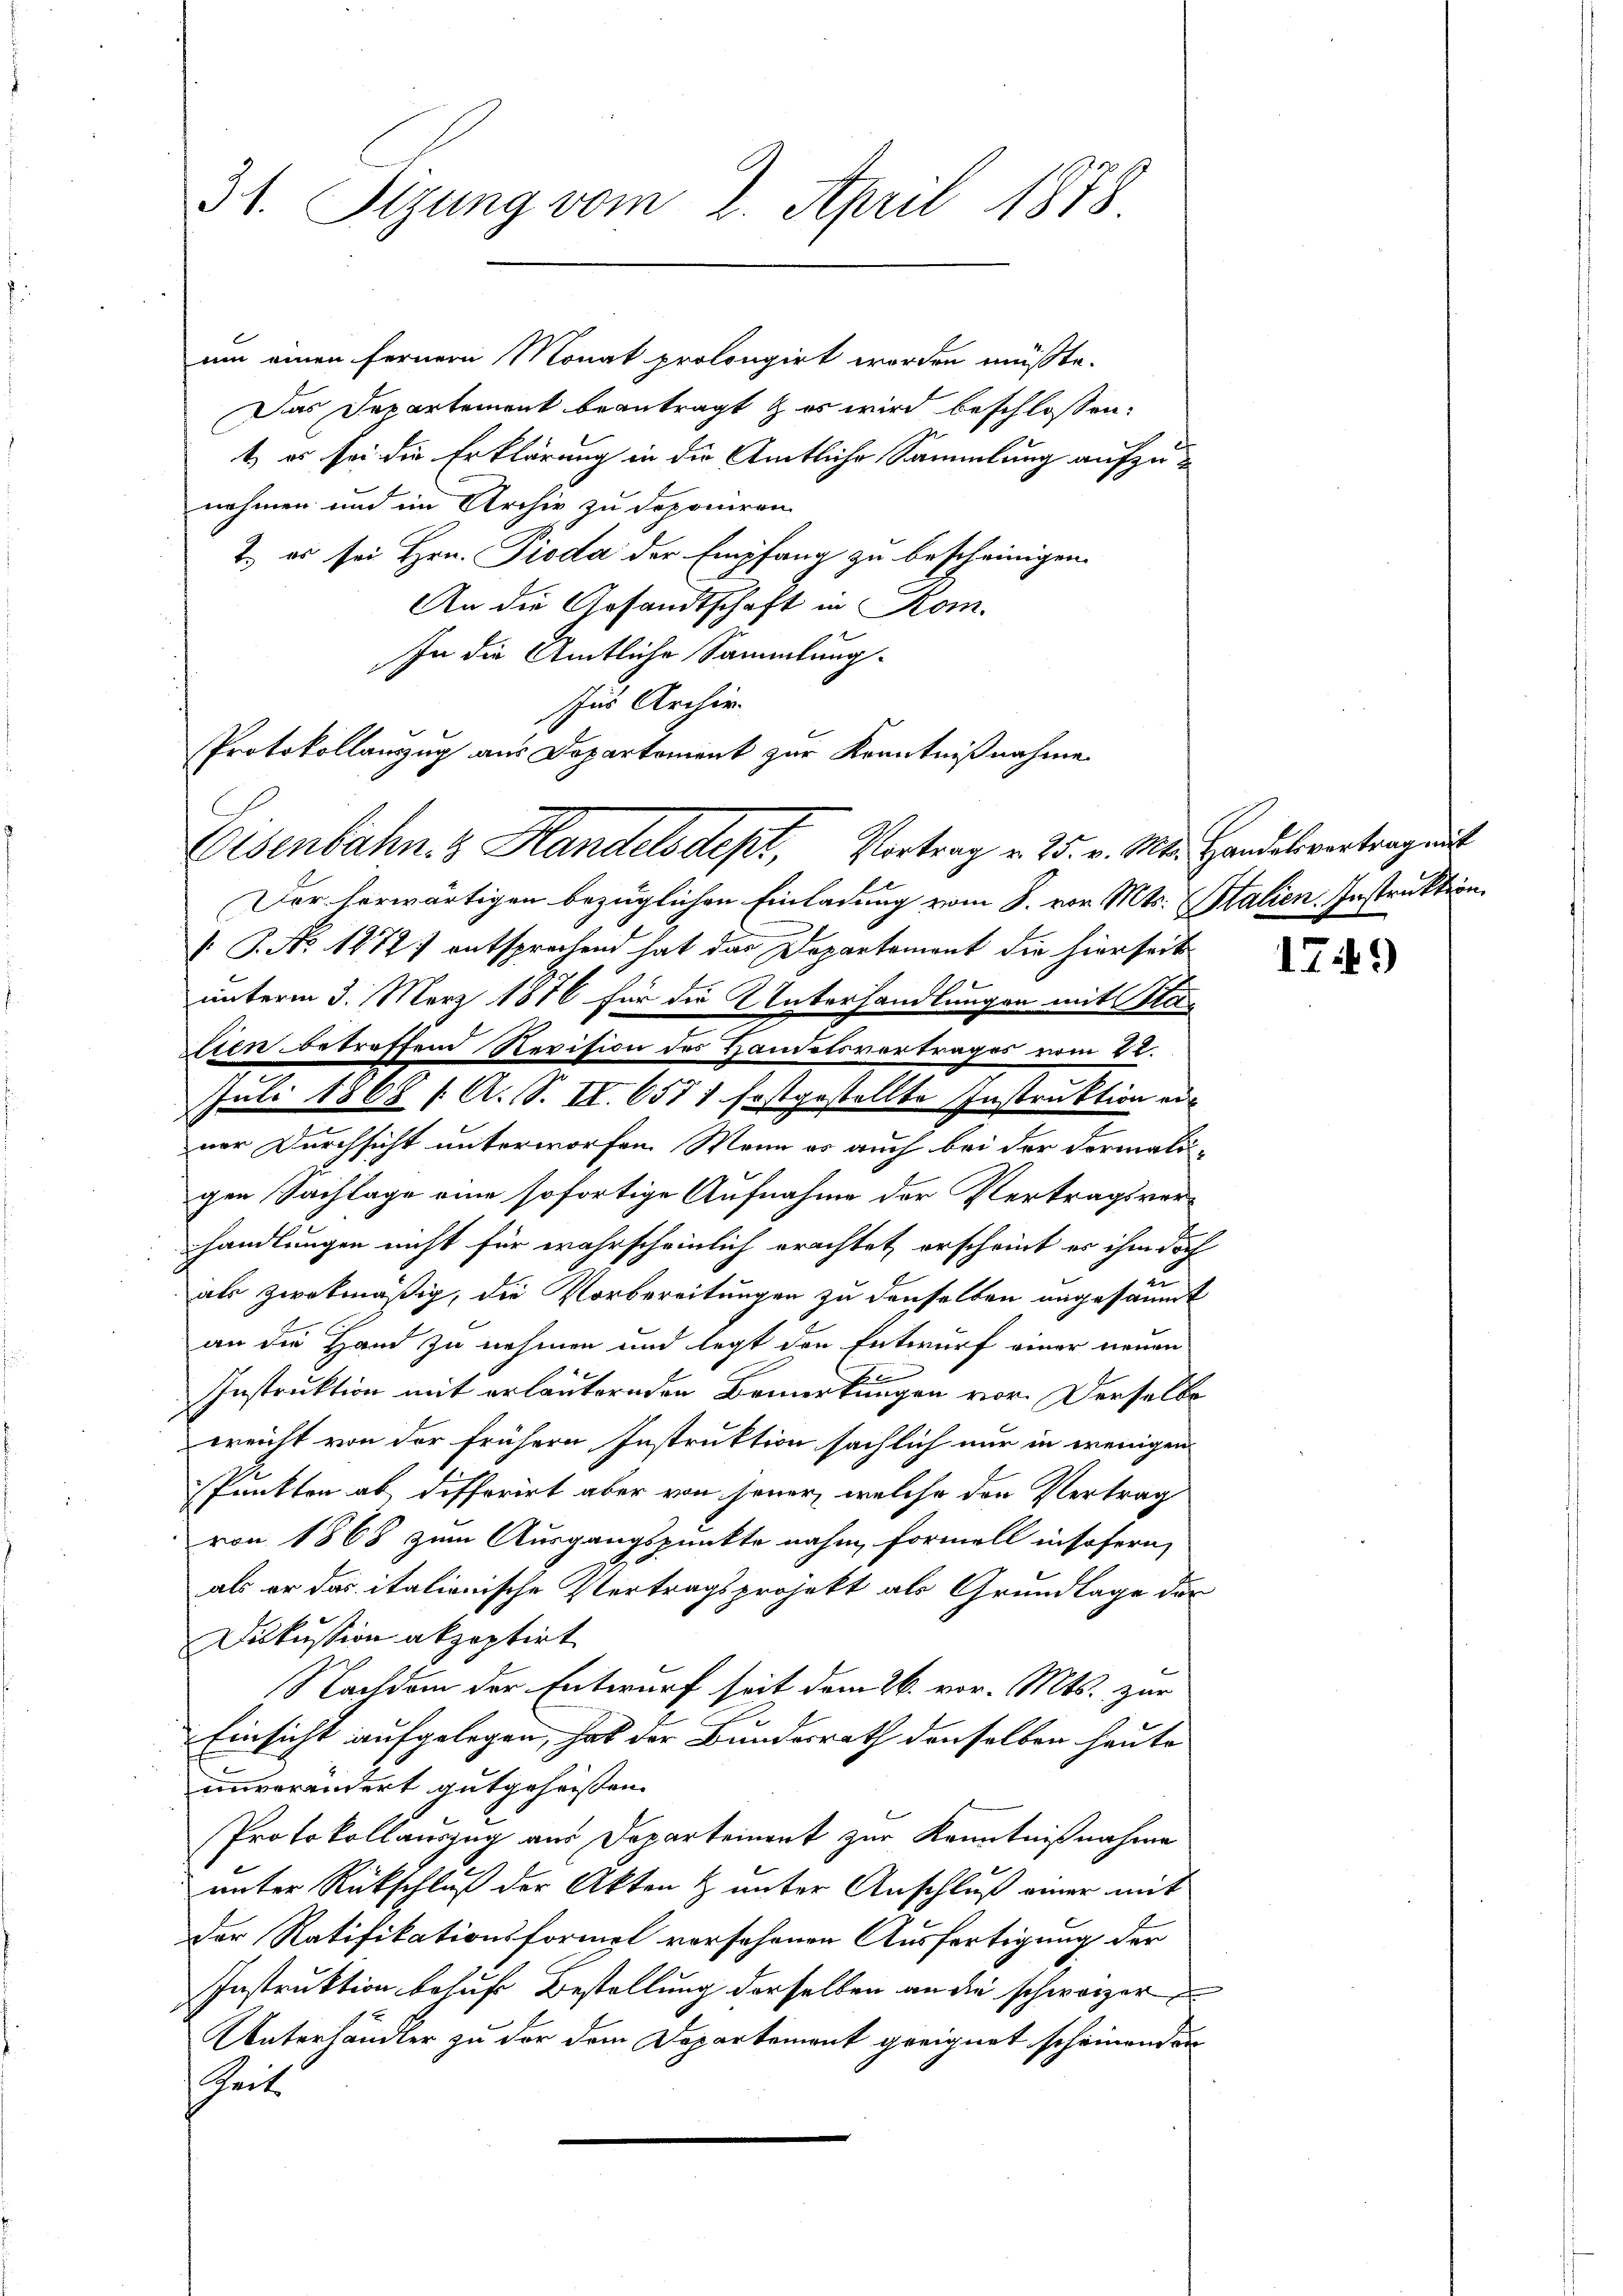
31. Sitzung vom 2. April 1878.

um einen fernern Monat prolongirt worden müsste.
Das Departement beantragt & es wird beschlossen:
t, es sei die Erklärung in die Amtliche Sammlung aufzunehmen und im Archiv zu deponiren
2.) es sei Hrn. Pioda der Empfang zu bescheinigen.
An die Gesandtschaft in Kom-
In die Amtliche Sammlung.
Der herwärtigen bezüglichen Einladung vom 8. vor. Mts. Stalien. Instruktion.
V. P. No 1272) entsprechend hat das Departement die hierseit
unterm 3. März 1876 für die Unterhandlungen mit Blastien betreffend Revision des Handelsvertrages vom 22.
Juli 1868 / A. S. II. 655 1 festgestellte Instruktion einer Durchsicht unterworfen. Wenn es auch bei der Formaligen Sachlage eine sofortige Aufnahme der Vertragsverhandlungen nicht für wahrscheinlich erachtet, erscheint es ihm doch
u
als zwekmäßig, die Vorbereitungen zu denselben angesäumt
an die Hand zu nehmen und legt den Entwurf einer neuen
Instruktion mit erläuternden Bemerkungen vor. Derselbe
ernicht von der frühern Instruktion sächlich nur in wenigen
Punkten ab differirt aber von jener, welche den Vertrag
von 1868 zum Ausgangspunkte nahm, formell insofern,
als er das italionische Vertragsprojekt als Grundlage der
Diskussion akzeptirt
Nachdem der Entwurf seit dem 26. vor. Mts. zur
Einsicht aufgelegen, hat der Bundesrath denselben heute
unverändert gutgeheissen.
Protokollauszug aus Departement zur Kenntnißnahme
unter Rückschluß der Akten & unter Anschluß einer mit
der Ratifikationsformel vorsehenen Ausfertigung der
Instruktion behufs Bestellung derselben an die schwarzer
Unterhändler zu der dem Departement geeignet scheinenden
Zeit

ür Archiv.
Protokollanzug aus Departement zur Kenntnißnahme
Eisenbahn. & Handelsdept, Vortrag v. 25. v. Mts. Handelsvertragen

179